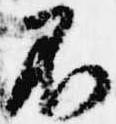
不